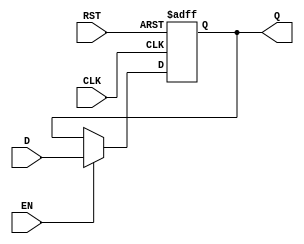
module pipeline_buffer #(
    parameter DATA_WIDTH = 8  // Parameter to define the width of the data
)(
    input wire [DATA_WIDTH-1:0] D,      // Data Input
    input wire CLK,                      // Clock Input
    input wire EN,                       // Enable Input
    input wire RST,                      // Asynchronous Reset
    output reg [DATA_WIDTH-1:0] Q       // Data Output
);

// Asynchronous Reset and Data Capture Logic
always @(posedge CLK or posedge RST) begin
    if (RST) begin
        Q <= {DATA_WIDTH{1'b0}};  // Reset output to zero
    end else if (EN) begin
        Q <= D;                   // Capture input data on the rising edge of CLK if EN is asserted
    end
end

endmodule